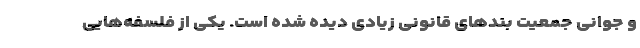
و جوانی جمعیت بندهای قانونی زیادی دیده شده است. یکی از فلسفه‌هایی